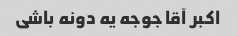
اکبر آقا جوجه یه دونه باشی